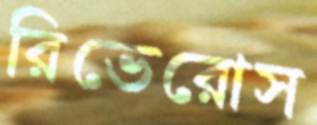
রিভেরোস